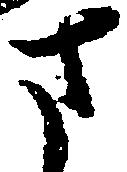
さ